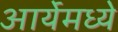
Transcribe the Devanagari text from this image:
आर्येमध्ये